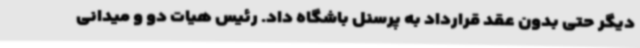
دیگر حتی بدون عقد قرارداد به پرسنل باشگاه داد. رئیس هیات دو و میدانی